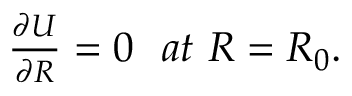
\begin{array} { r } { \frac { \partial U } { \partial R } = 0 ~ ~ a t ~ R = R _ { 0 } . } \end{array}